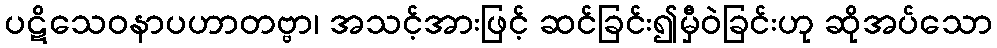
ပဋိသေဝနာပဟာတဗ္ဗာ၊ အသင့်အားဖြင့် ဆင်ခြင်း၍မှီဝဲခြင်းဟု ဆိုအပ်သော